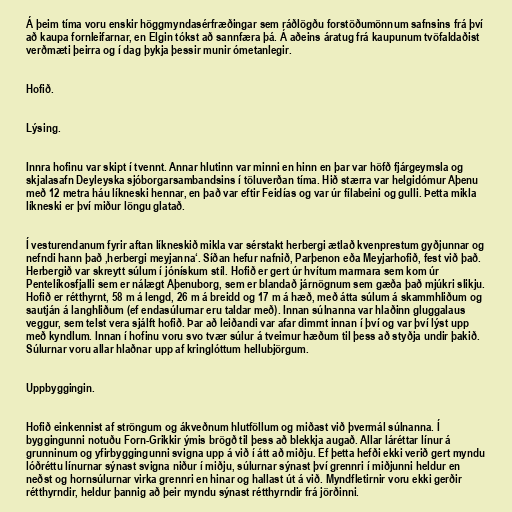
Á þeim tíma voru enskir höggmyndasérfræðingar sem ráðlögðu forstöðumönnum safnsins frá því
að kaupa fornleifarnar, en Elgin tókst að sannfæra þá. Á aðeins áratug frá kaupunum tvöfaldaðist
verðmæti þeirra og í dag þykja þessir munir ómetanlegir.

Hofið.

Lýsing.

Innra hofinu var skipt í tvennt. Annar hlutinn var minni en hinn en þar var höfð fjárgeymsla og
skjalasafn Deyleyska sjóborgarsambandsins í töluverðan tíma. Hið stærra var helgidómur Aþenu
með 12 metra háu líkneski hennar, en það var eftir Feidías og var úr fílabeini og gulli. Þetta mikla
líkneski er því miður löngu glatað.

Í vesturendanum fyrir aftan líkneskið mikla var sérstakt herbergi ætlað kvenprestum gyðjunnar og
nefndi hann það ‚herbergi meyjanna‘. Síðan hefur nafnið, Parþenon eða Meyjarhofið, fest við það.
Herbergið var skreytt súlum í jónískum stíl. Hofið er gert úr hvítum marmara sem kom úr
Pentelíkosfjalli sem er nálægt Aþenuborg, sem er blandað járnögnum sem gæða það mjúkri slikju.
Hofið er rétthyrnt, 58 m á lengd, 26 m á breidd og 17 m á hæð, með átta súlum á skammhliðum og
sautján á langhliðum (ef endasúlurnar eru taldar með). Innan súlnanna var hlaðinn gluggalaus
veggur, sem telst vera sjálft hofið. Þar að leiðandi var afar dimmt innan í því og var því lýst upp
með kyndlum. Innan í hofinu voru svo tvær súlur á tveimur hæðum til þess að styðja undir þakið.
Súlurnar voru allar hlaðnar upp af kringlóttum hellubjörgum.

Uppbyggingin.

Hofið einkennist af ströngum og ákveðnum hlutföllum og miðast við þvermál súlnanna. Í
byggingunni notuðu Forn-Grikkir ýmis brögð til þess að blekkja augað. Allar láréttar línur á
grunninum og yfirbyggingunni svigna upp á við í átt að miðju. Ef þetta hefði ekki verið gert myndu
lóðréttu línurnar sýnast svigna niður í miðju, súlurnar sýnast því grennri í miðjunni heldur en
neðst og hornsúlurnar virka grennri en hinar og hallast út á við. Myndfletirnir voru ekki gerðir
rétthyrndir, heldur þannig að þeir myndu sýnast rétthyrndir frá jörðinni.